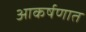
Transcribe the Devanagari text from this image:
आकर्षणात